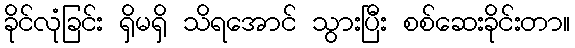
ခိုင်လုံခြင်း ရှိမရှိ သိရအောင် သွားပြီး စစ်ဆေးခိုင်းတာ။